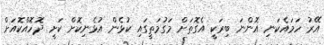
އޭރު ހަމައެކަނި އޮންނަ ބިރަކީ އެގޮތަށް މަގުމަތީގައި ކުޅެން އުޅެނިކޮށް ކަށީ ދޮހޮއްކޮއަށް